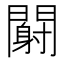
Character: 𬮏